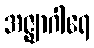
အဇ္ဈာဂါရေ